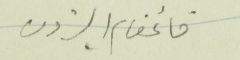
قائمقام البترون